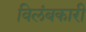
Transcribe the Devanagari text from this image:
विलंबकारी